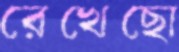
রেখেছো